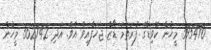
395470 މީހުން ކޮވިޑްގެ ފުރަތަމަ ޑޯޒް ޖަހަފާއިވެ އެވެ. އަދި 362742 މީހުން